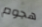
هجوم